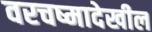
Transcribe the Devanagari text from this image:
वरचष्मादेखील